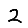
Digit: 2